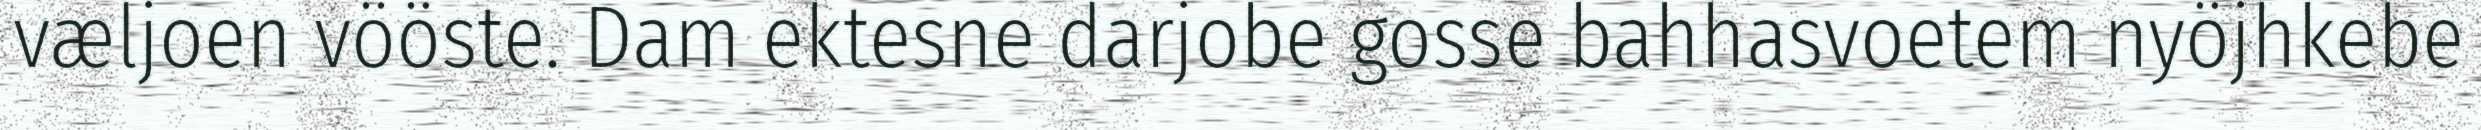
væljoen vööste. Dam ektesne darjobe gosse bahhasvoetem nyöjhkebe